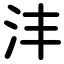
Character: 沣